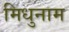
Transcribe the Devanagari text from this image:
मिधुनाम